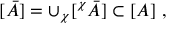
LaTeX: [ \bar { A } ] = \cup _ { \chi } [ ^ { \chi } \bar { A } ] \subset [ A ] \ ,